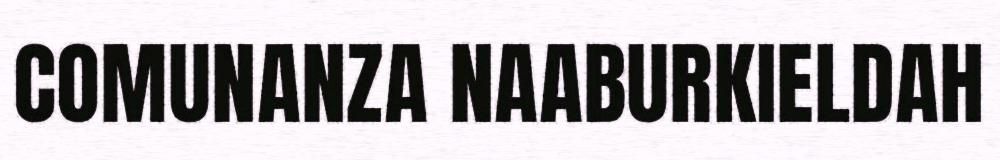
COMUNANZA NAABURKIELDAH